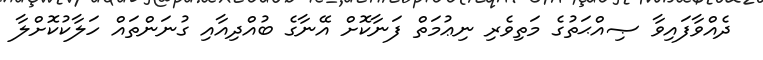
ދެއްވާފައިވާ ޞިއްޙަތުގެ މަތިވެރި ނިޢުމަތް ފަނާކޮށް އޭނާގެ ބުއްދިއާއި ގުނަންތައް ހަލާކުކޮށްލާ